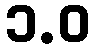
၁.ဝ